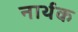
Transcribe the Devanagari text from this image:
नार्थक